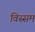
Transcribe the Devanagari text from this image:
विस्सम